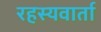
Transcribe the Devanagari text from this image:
रहस्यवार्ता